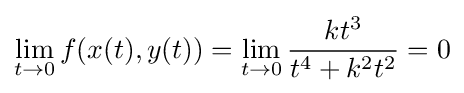
\lim _{t\to 0}f(x(t),y(t))=\lim _{t\to 0}{\frac {kt^{3}}{t^{4}+k^{2}t^{2}}}=0